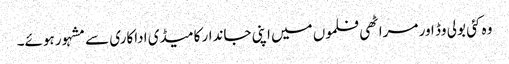
وہ کئی بولی وڈ اور مراٹھی فلموں میں اپنی جاندار کامیڈی اداکاری سے مشہور ہوئے۔